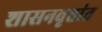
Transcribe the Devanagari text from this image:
शासनवृत्तांत